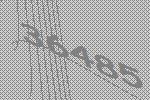
36485